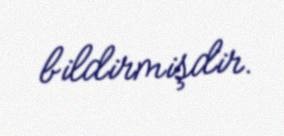
bildirmişdir.